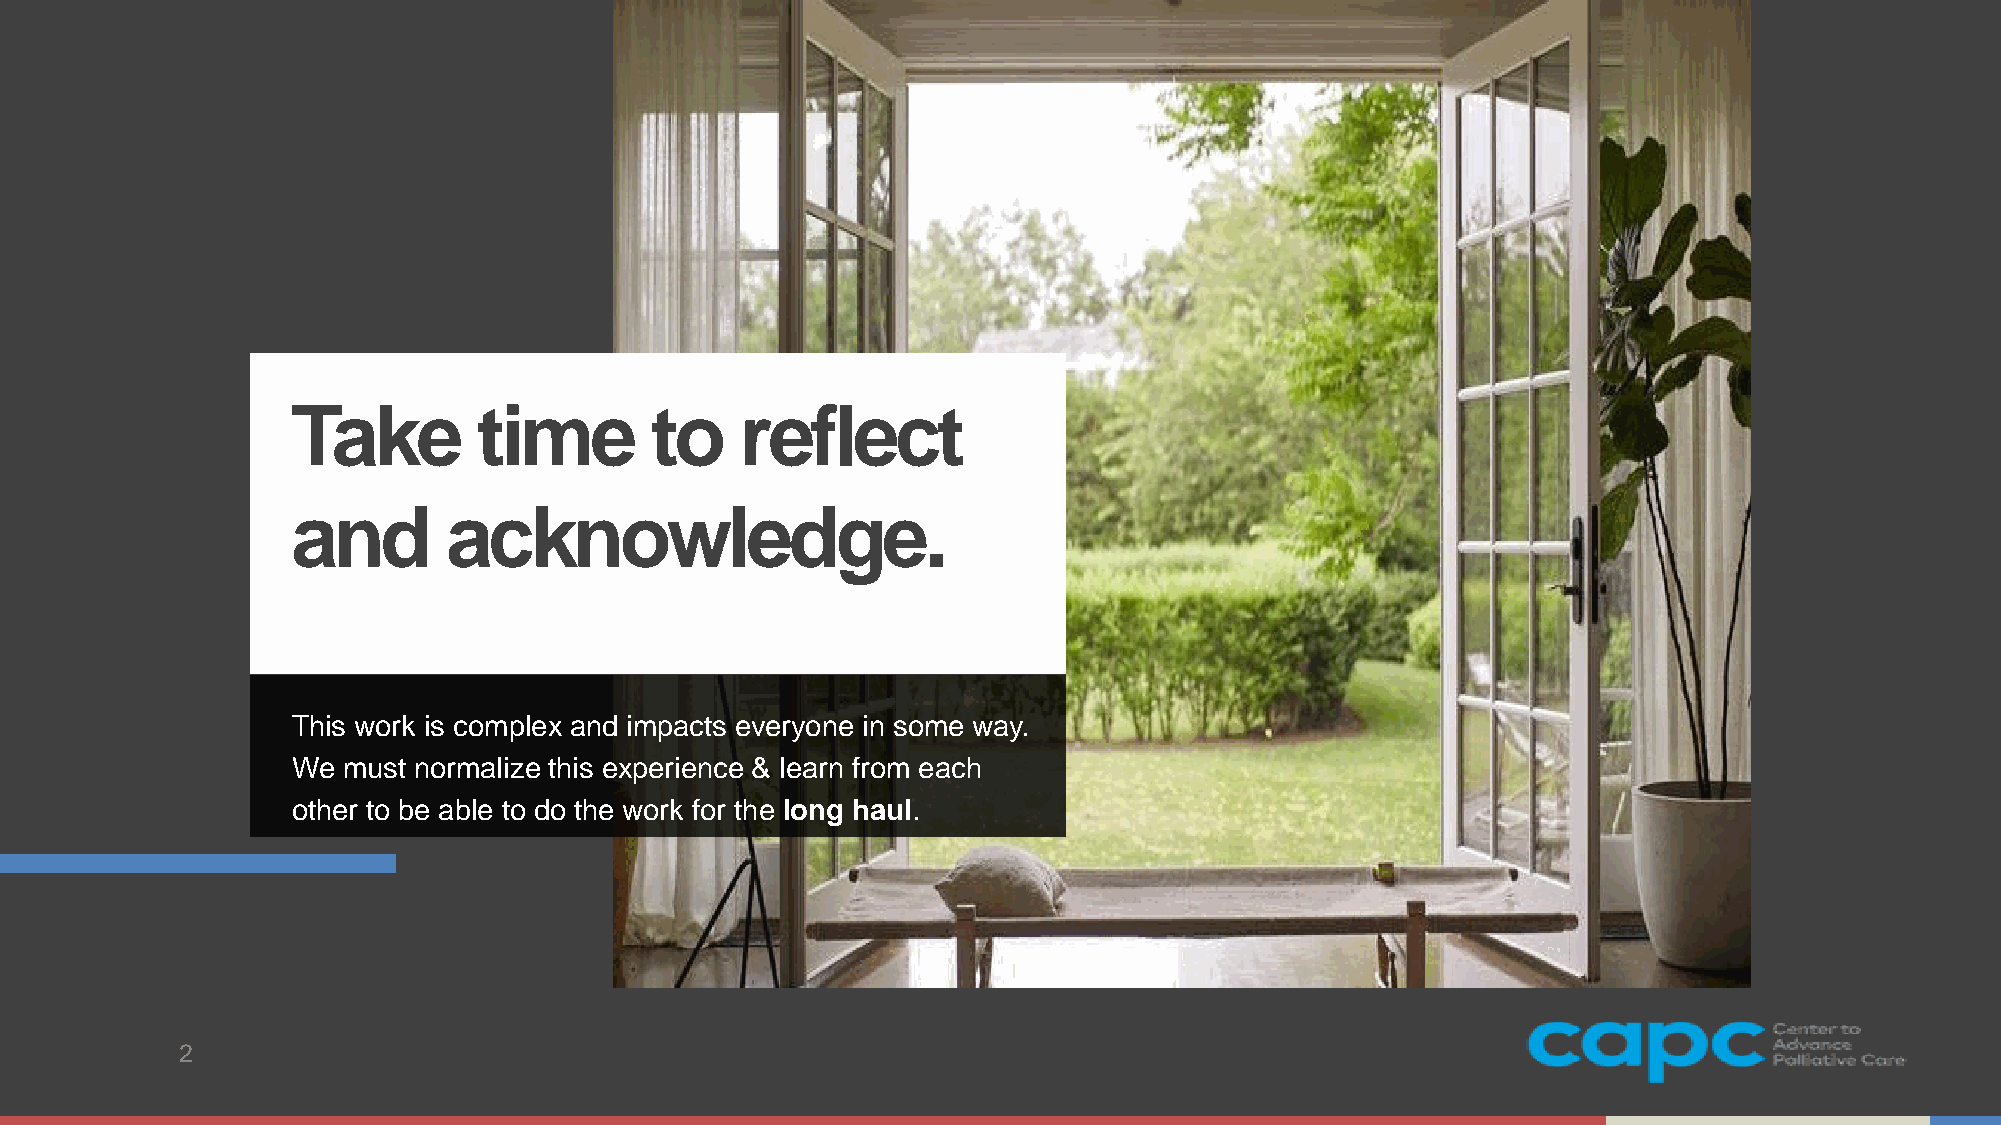
Take         time       to    reflect
 and        acknowledge.
 This work is complex and impacts everyone in some way.
 We  must normalize this experience & learn from each
 other to be able to do the work for the long haul.
 2